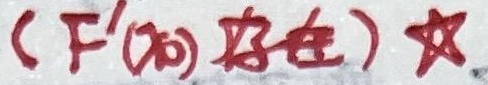
$(F'(x_0)\ 存在)\star$